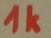
Text: 1K